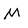
Character: M